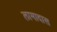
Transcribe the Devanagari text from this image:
लामादास